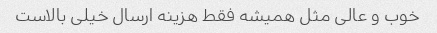
خوب و عالی مثل همیشه فقط هزینه ارسال خیلی بالاست